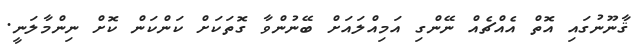
ޤާނޫނުގައި އޮތް އެއްޗެއް ނޭންގި އަމިއްލައަށް ބޭނުންވާ ގޮތަކަށް ކަންކަން ކޮށް ނިންމާލަނީ.